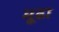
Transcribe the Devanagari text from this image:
मूढा